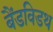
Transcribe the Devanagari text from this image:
बैंडविडथ